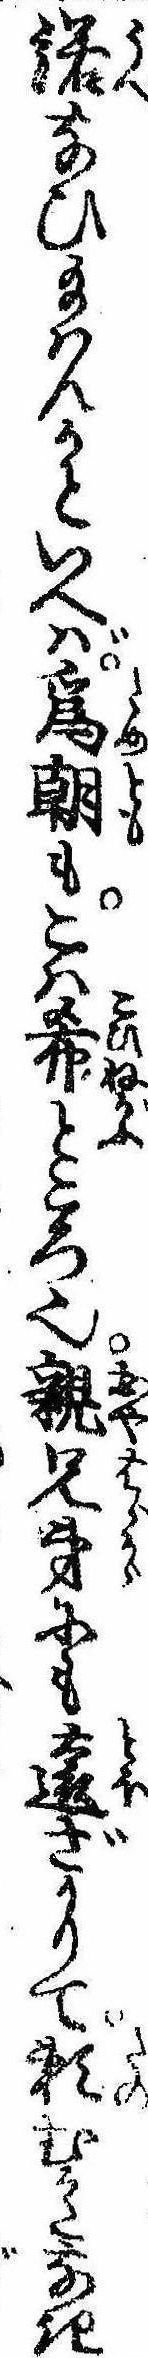
諾なひ給はんかといへば為朝もこは希ところ也親兄弟にも遠ざかりて頼むかたなき